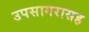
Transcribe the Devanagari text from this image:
उपसागरासह